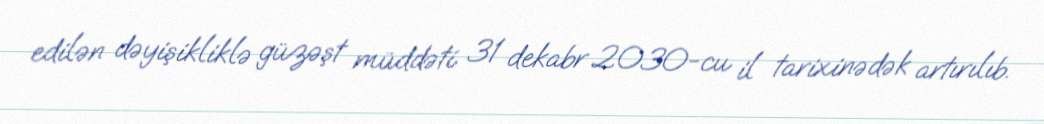
edilən dəyişikliklə güzəşt müddəti 31 dekabr 2030-cu il tarixinədək artırılıb.